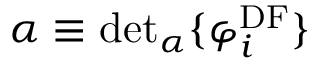
\alpha \equiv \mathrm { d e t } _ { \alpha } \{ \varphi _ { i } ^ { \mathrm { D F } } \}